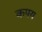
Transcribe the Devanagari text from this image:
कपय